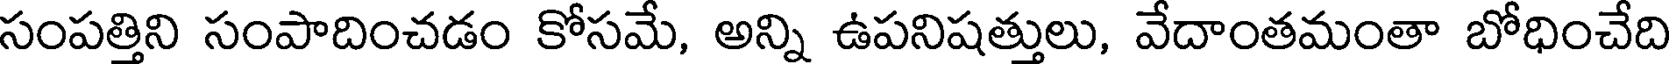
సంపత్తిని సంపాదించడం కోసమే, అన్ని ఉపనిషత్తులు, వేదాంతమంతా బోధించేది